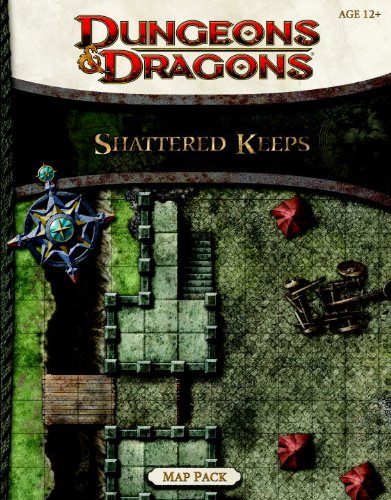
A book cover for Shattered Keeps Map Pack: A Dungeons & Dragons Accessory; Wizards RPG Team; Science Fiction & Fantasy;